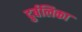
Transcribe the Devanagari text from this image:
दुर्बलिका